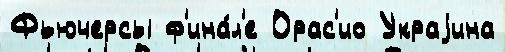
Фьючерсы ф'ина́л'е Орас'ио Украjина